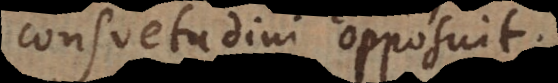
consuetudini opposuit.